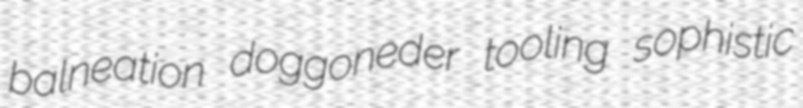
balneation doggoneder tooling sophistic